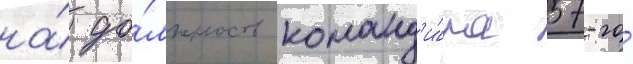
на́ до́лжность команд'и́ра 57-го́